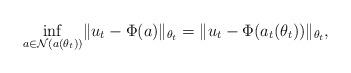
LaTeX: \begin{align*}\underset{a\in {\mathcal N}(a(\theta_t))} \inf\| u_t-\Phi(a)\|_{\theta_t} =\| u_t-\Phi(a_t(\theta_t))\|_{\theta_t} ,\end{align*}